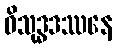
ဝိသုဒ္ဓဒဿနေ